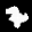
Label: 7